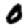
Digit: 0